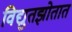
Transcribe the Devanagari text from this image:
विद्युतझोतात